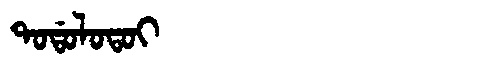
Manchu: ᡨᠣᡩᠣᠯᠣᡨᠣᡳ
Romanization: TODOLOTOI